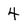
Character: 4